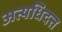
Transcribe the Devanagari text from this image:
अत्यधिदत्त